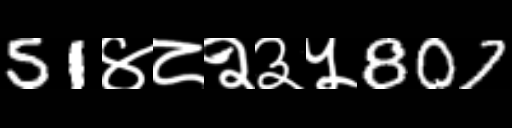
Text: 51४८२३५807